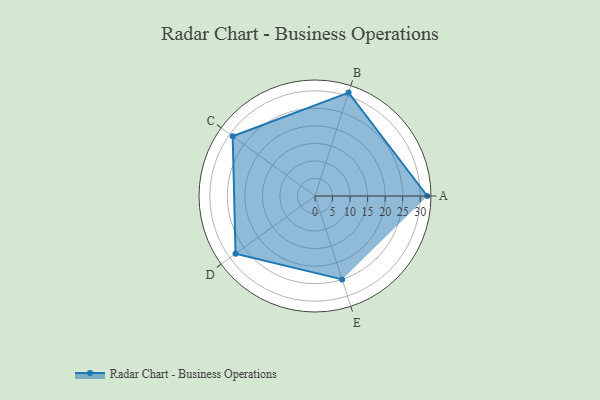
{"axis": {"x": "Skill", "y": "Score"}, "legend": ["Profile"], "data": [{"x": "A", "y": 32.0, "type": "Profile"}, {"x": "B", "y": 31.0, "type": "Profile"}, {"x": "C", "y": 29.0, "type": "Profile"}, {"x": "D", "y": 28.0, "type": "Profile"}, {"x": "E", "y": 25.0, "type": "Profile"}]}